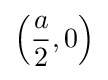
\left({\frac {a}{2}},0\right)